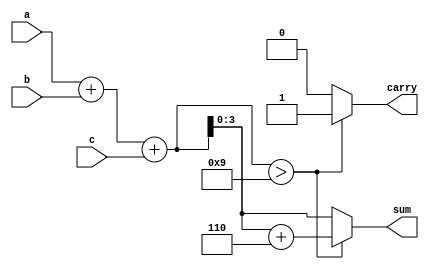
`timescale 1ns / 1ps

module bcd_addition(a,b,c,sum,carry);
input [3:0]a,b;
input c;
output reg [3:0]sum;
output reg carry;
reg [4:0]temp;
always@(a,b,c) begin
temp = a + b + c;
if (temp>9) begin
temp = temp +6;
carry = 1;
sum = temp[3:0];
end
else begin
carry = 0;
sum = temp[3:0];
end
end
endmodule